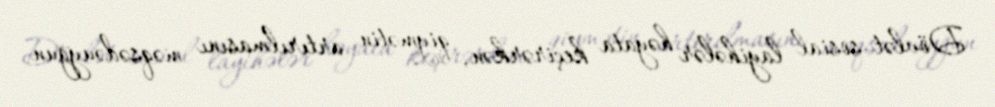
Dövlət sosial layihələr həyata keçirərkən, qiymətin artırılmasını məqsədəuyğun